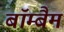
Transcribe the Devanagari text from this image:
बॉम्बैम